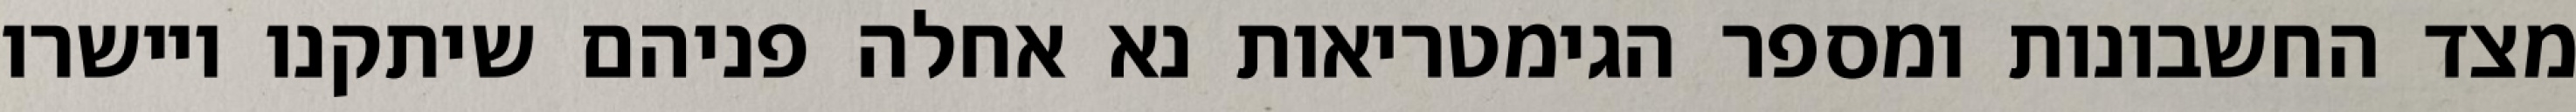
מצד החשבונות ומספר הגימטריאות נא אחלה פניהם שיתקנו ויישרו